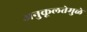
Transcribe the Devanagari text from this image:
अनुकूलतेमुळे